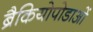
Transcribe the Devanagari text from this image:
ब्रैकियोपोडाओं